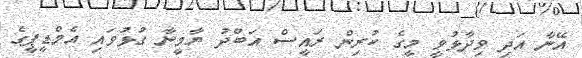
އޭނާ އަދި ވިދާޅުވީ މީގެ ކުރިން ރައީސް އަބްދު ޔާމީނާ ގުޅުވައި އެމްޑީޕީގެ